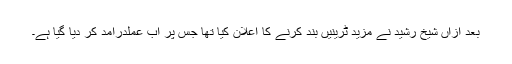
بعد ازاں شیخ رشید نے مزید ٹرینیں بند کرنے کا اعلان کیا تھا جس پر اب عملدرآمد کر دیا گیا ہے۔